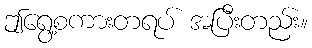
ဤရွေ့စကားတရပ် အပြီးတည်း။